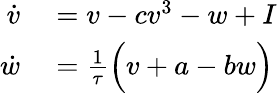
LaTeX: \begin{array}{rl}{\dot{v}}&{{}=v-cv^{3}-w+I}\\ {\dot{w}}&{{}=\frac{1}{\tau}\Big(v+a-bw\Big)}\end{array}